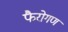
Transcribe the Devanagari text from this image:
फैरोगण